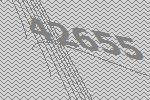
42655